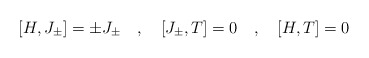
\begin{align*}[H,J_{\pm}] = \pm J_{\pm}\quad , \quad [J_{\pm},T]=0\quad , \quad[H,T]=0\end{align*}